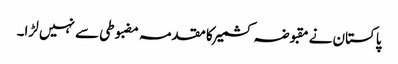
پاکستان نے مقبوضہ کشمیر کا مقدمہ مضبوطی سے نہیں لڑا۔